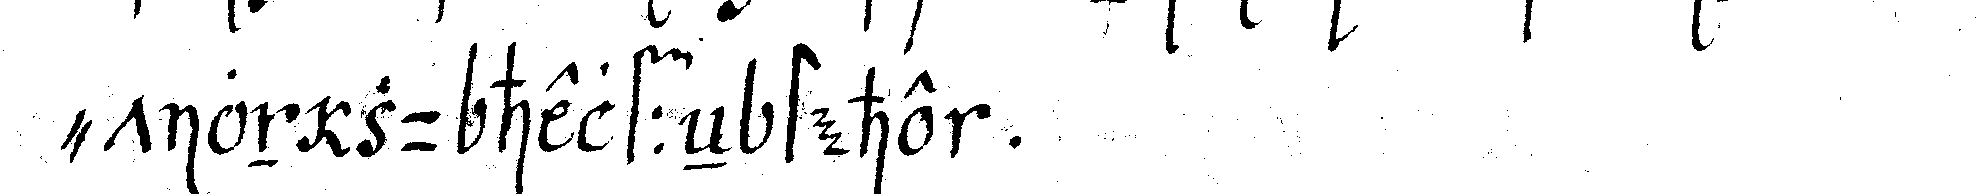
" tion zu helffeN stehe .